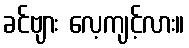
ခင်ဗျား လေ့ကျင့်လား။